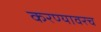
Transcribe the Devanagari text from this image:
करण्यावरच